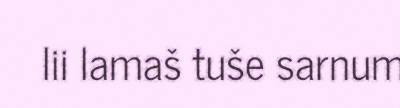
lii lamaš tuše sarnum